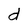
Character: d